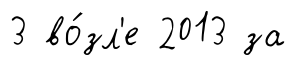
3 во́зл'е 2013 за